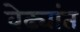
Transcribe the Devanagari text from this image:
वेढ्यांत